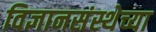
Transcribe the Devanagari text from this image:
विज्ञानसंस्थेच्या